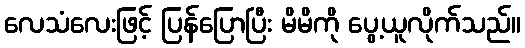
လေသံလေးဖြင့် ပြန်ပြောပြီး မိမိကို ပွေ့ယူလိုက်သည်။